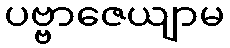
ပဗ္ဗာဇေယျာမ